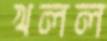
খলল